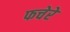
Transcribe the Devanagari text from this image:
फचेरे